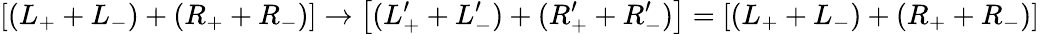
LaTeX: \left[(L_{+}+L_{-})+(R_{+}+R_{-})\right]\rightarrow\left[(L_{+}^{\prime}+L_{-}^{\prime})+(R_{+}^{\prime}+R_{-}^{\prime})\right]=\left[(L_{+}+L_{-})+(R_{+}+R_{-})\right]